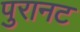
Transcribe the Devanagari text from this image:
पुरानट